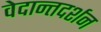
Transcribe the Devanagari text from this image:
वेदान्तदर्शन